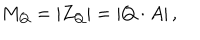
M _ { Q } = \left\vert Z _ { Q } \right\vert = \left\vert Q \cdot A \right\vert ,